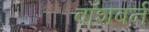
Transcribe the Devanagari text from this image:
वॉशबर्न